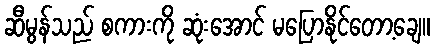
ဆီမွန်သည် စကားကို ဆုံးအောင် မပြောနိုင်တော့ချေ။